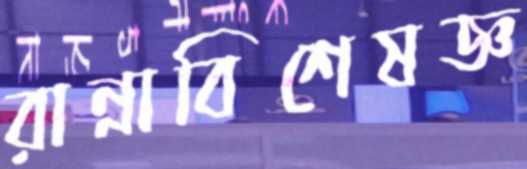
রান্নাবিশেষজ্ঞ